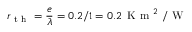
r _ { \mathrm { ~ t ~ h ~ } } = \frac { e } { \lambda } = 0 . 2 / 1 = 0 . 2 \, \mathrm { ~ K ~ m ~ } ^ { 2 } \mathrm { ~ / ~ W ~ }